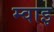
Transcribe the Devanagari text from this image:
म्वाइ